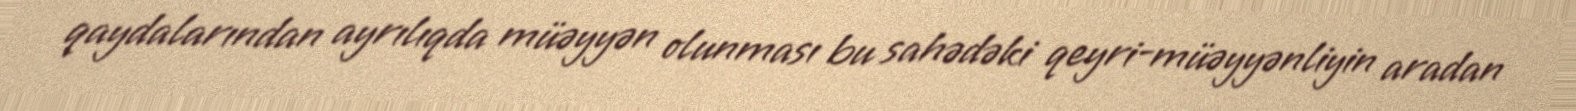
qaydalarından ayrılıqda müəyyən olunması bu sahədəki qeyri-müəyyənliyin aradan